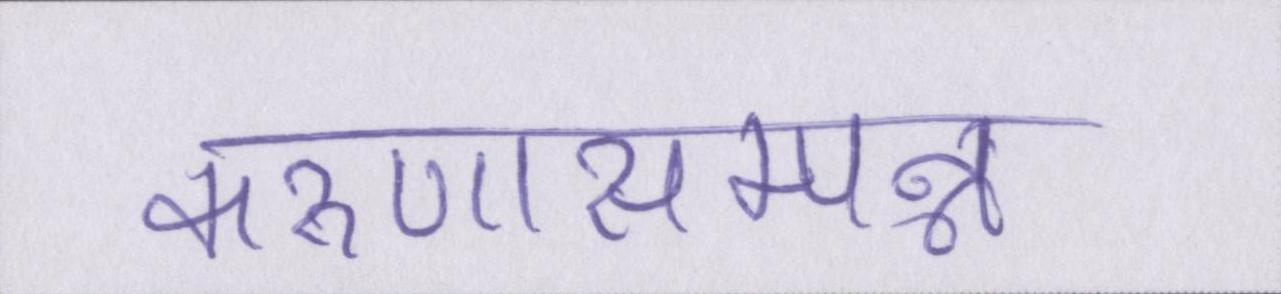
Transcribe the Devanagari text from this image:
करुणासम्पन्न